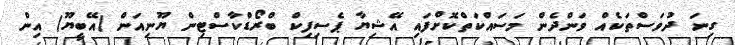
ގިނަ ދުވަސްތަކެއް ވަންދެން މަސައްކަތްކޮށްފައި އޭޝިޔާ ޕެސިފިކް ބްރޯޑްކާސްޓިން ޔޫނިއަން (އޭބީޔޫ) އިން